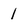
Character: 1